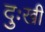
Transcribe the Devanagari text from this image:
दुःखीं